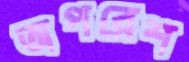
অপরেশ